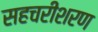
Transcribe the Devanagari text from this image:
सहचरीशरण